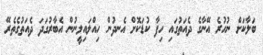
ބަލާކަށް ނުހުރެ އޭނާގެ ދެއަތުގައި ހިފާ ކުޑަކޮށް އެނދުން ހިއްލައިލީނުން އެބާރުގަދަ ދެއަތުގެތެރޭ